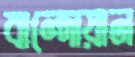
বান্দোয়ান